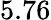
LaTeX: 5.76